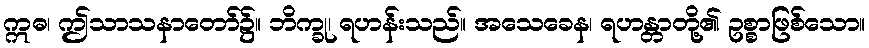
ဣဓ၊ ဤသာသနာတော်၌။ ဘိက္ခု၊ ရဟန်းသည်။ အသေခေန၊ ရဟန္တာတို့၏ ဥစ္စာဖြစ်သော။